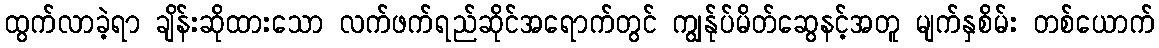
ထွက်လာခဲ့ရာ ချိန်းဆိုထားသော လက်ဖက်ရည်ဆိုင်အရောက်တွင် ကျွန်ုပ်မိတ်ဆွေနင့်အတူ မျက်နှစိမ်း တစ်ယောက်